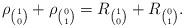
LaTeX: \begin{align*}\rho_{\binom{1}{0}}+\rho_{\binom{0}{1}}=R_{\binom{1}{0}}+R_{\binom{0}{1}}.\end{align*}